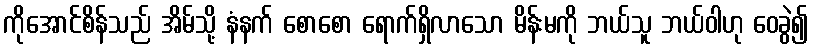
ကိုအောင်စိန်သည် အိမ်သို့ နံနက် စောစော ရောက်ရှိလာသော မိန်းမကို ဘယ်သူ ဘယ်ဝါဟု ဝေခွဲ၍